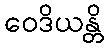
ဝေဒိယန္တိ